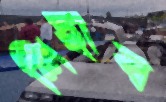
শিহাব